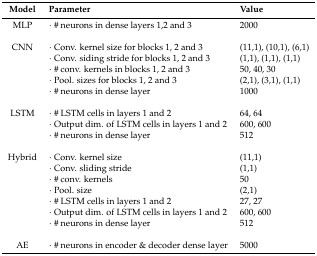
| Model | Parameter | Value |
 | --- | --- | --- |
 | MLP | · # neurons in dense layers 1,2 and 3 | 2000 |
 | CNN | · Conv. kernel size for blocks 1, 2 and 3 | (11,1), (10,1), (6,1) |
 |  | · Conv. siding stride for blocks 1, 2 and 3 | (1,1), (1,1), (1,1) |
 |  | · # conv. kernels in blocks 1, 2 and 3 | 50, 40, 30 |
 |  | · Pool. sizes for blocks 1, 2 and 3 | (2,1), (3,1), (1,1) |
 |  | · # neurons in dense layer | 1000 |
 | LSTM | · # LSTM cells in layers 1 and 2 | 64, 64 |
 |  | · Output dim. of LSTM cells in layers 1 and 2 | 600, 600 |
 |  | · # neurons in dense layer | 512 |
 | Hybrid | · Conv. kernel size | (11,1) |
 |  | · Conv. sliding stride | (1,1) |
 |  | · # conv. kernels | 50 |
 |  | · Pool. size | (2,1) |
 |  | · # LSTM cells in layers 1 and 2 | 27, 27 |
 |  | · Output dim. of LSTM cells in layers 1 and 2 | 600, 600 |
 |  | · # neurons in dense layer | 512 |
 | AE | · # neurons in encoder & decoder dense layer | 5000 |